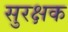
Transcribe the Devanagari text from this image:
सुरक्षक